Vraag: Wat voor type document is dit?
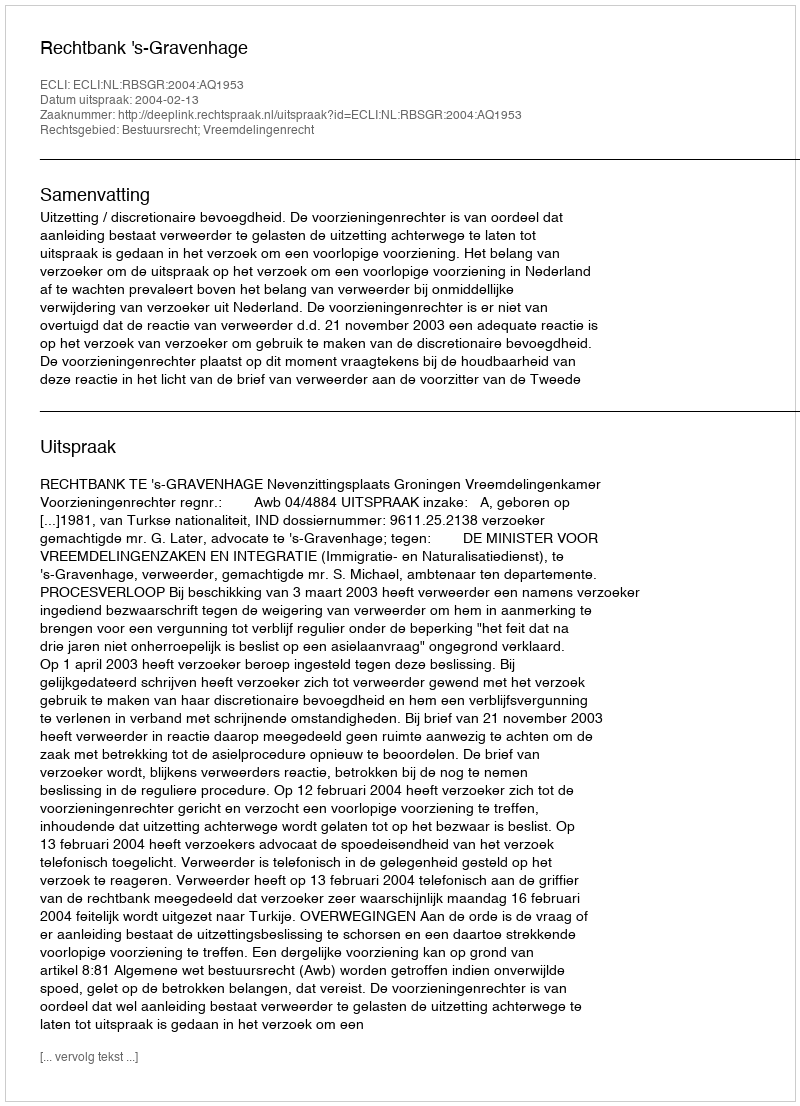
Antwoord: Uitspraak